Vaccination in the Punjab 1919-1929 - 1919-1929
Year: 1919
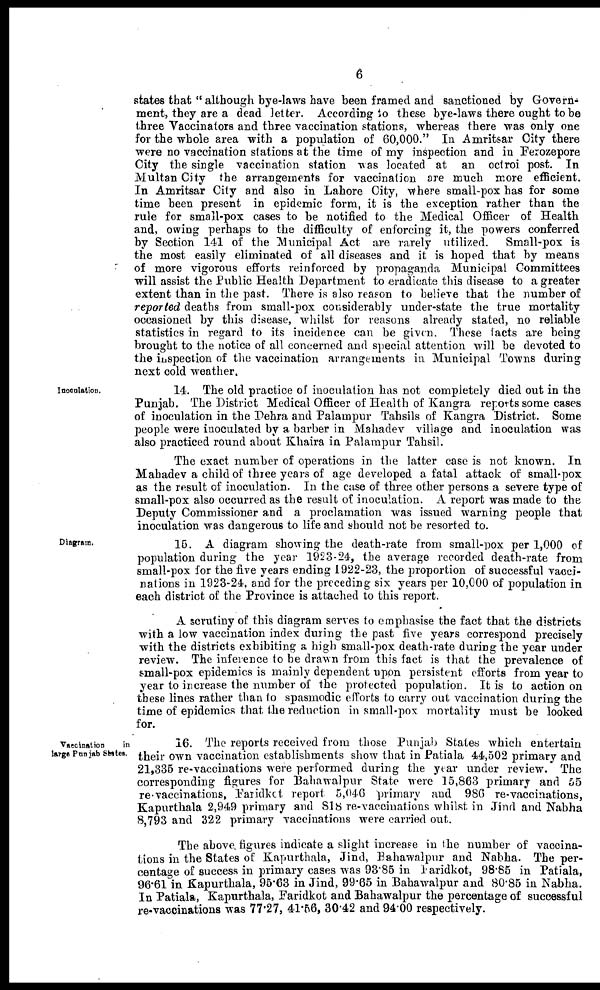
6
states that " although bye-laws have been framed and sanctioned by Govern-
ment, they are a dead letter. According to these bye-laws there ought to be
three Vaccinators and three vaccination stations, whereas there was only one
for the whole area with a population of 60,000." In Amritsar City there
were no vaccination stations at the time of my inspection and in Ferozepore
City the single vaccination station was located at an octroi post. In
Multan City the arrangements for vaccination are much more efficient.
In Amritsar City and also in Lahore City, where small-pox has for some
time been present in epidemic form, it is the exception rather than the
rule for small-pox cases to be notified to the Medical Officer of Health
and, owing perhaps to the difficulty of enforcing it, the powers conferred
by Section 141 of the Municipal Act are rarely utilized. Small-pox is
the most easily eliminated of all diseases and it is hoped that by means
of more vigorous efforts reinforced by propaganda Municipal Committees
will assist the Public Health Department to eradicate this disease to a greater
extent than in the past. There is also reason to believe that the number of
reported deaths from small-pox considerably under-state the true mortality
occasioned by this disease, whilst for reasons already stated, no reliable
statistics in regard to its incidence can be given. These facts are being
brought to the notice of all concerned and special attention will be devoted to
the inspection of the vaccination arrangements in Municipal Towns during
next cold weather.
Inoculation.
14. The old practice of inoculation has not completely died out in the
Punjab. The District Medical Officer of Health of Kangra reports some cases
of inoculation in the Dehra and Palampur Tahsils of Kangra District. Some
people were inoculated by a barber in Mahadev village and inoculation was
also practiced round about Khaira in Palampur Tahsil.
The exact number of operations in the latter case is not known. In
Mahadev a child of three years of age developed a fatal attack of small-pox
as the result of inoculation. In the case of three other persons a severe type of
small-pox also occurred as the result of inoculation. A report was made to the
Deputy Commissioner and a proclamation was issued warning people that
inoculation was dangerous to life and should not be resorted to.
Diagram.
15. A diagram showing the death-rate from small-pox per 1,000 of
population during the year 1923-24, the average recorded death-rate from
small-pox for the five years ending 1922-23, the proportion of successful vacci-
nations in 1923-24, and for the preceding six years per 10,000 of population in
each district of the Province is attached to this report.
A scrutiny of this diagram serves to emphasise the fact that the districts
with a low vaccination index during the past five years correspond precisely
with the districts exhibiting a high small-pox death-rate during the year under
review. The inference to be drawn from this fact is that the prevalence of
small-pox epidemics is mainly dependent upon persistent efforts from year to
year to increase the number of the protected population. It is to action on
these lines rather than to spasmodic efforts to carry out vaccination during the
time of epidemics that the reduction in small-pox mortality must be looked
for.
Vaccination
in
large Punjab States,
16. The reports received from those Punjab States which entertain
their own vaccination establishments show that in Patiala 44,502 primary and
21,335 re-vaccinations were performed during the year under review. The
corresponding figures for Bahawalpur State were 15,863 primary and 55
re-vaccinations, Faridkot report 5,046 primary and 986 re-vaccinations,
Kapurthala 2,949 primary and 818 re-vaccinations whilst in Jind and Nabha
8,793 and 322 primary vaccinations were carried out.
The above figures indicate a slight increase in the number of vaccina-
tions in the States of Kapurthala, Jind, Bahawalpur and Nabha. The per-
centage of succcss in primary cases was 93.85 in Faridkot, 98.85 in Patiala,
96.61 in Kapurthala, 95.63 in Jind, 99.65 in Bahawalpur and 80.85 in Nabha.
In Patiala, Kapurthala, Faridkot and Bahawalpur the percentage of successful
re-vaccinations was 77.27, 41.56, 30.42 and 94.00 respectively.